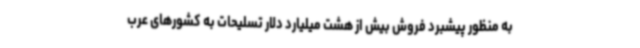
به منظور پیشبرد فروش بیش از هشت میلیارد دلار تسلیحات به کشورهای عرب